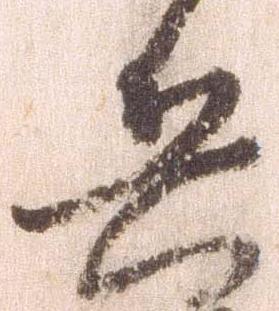
兵